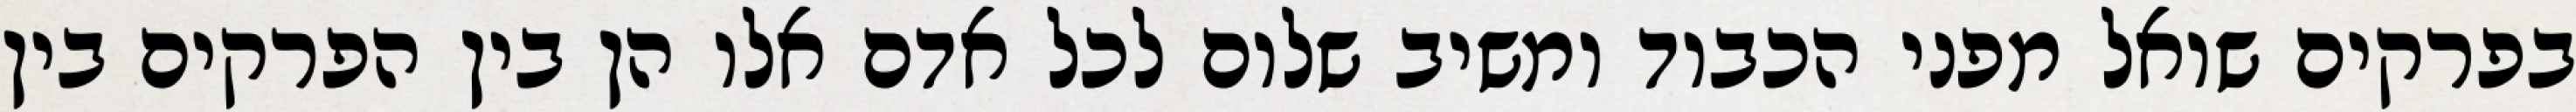
בפרקים שואל מפני הכבוד ומשיב שלום לכל אדם אלו הן בין הפרקים בין